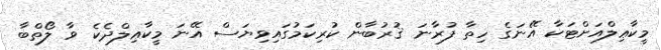
މީކާޢިލްއަށްޓަކާ އޭނަގެ ހިތާ ފުރާނަ ޤުރުބާން ކުރިކަމުގައިވިޔަސް އޭނަ މީކާޢިލްދެކެ ވާ ލޯތްބާ